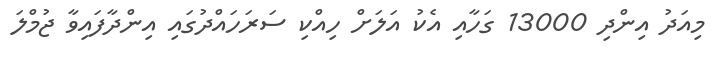
މިއަދު އިންދި 13000 ގަހާއި އެކު އަލަށް ހިއްކި ސަރަހައްދުގައި އިންދާފައިވާ ޖުމްލަ